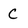
Character: C